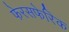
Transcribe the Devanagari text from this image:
फेरसफेरिक